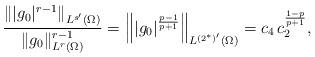
LaTeX: \begin{align*}\frac{\left\||g_0|^{r-1}\right\|_{L^{s'}(\Omega)}}{\|g_0\|^{r-1}_{L^r(\Omega)}}=\left\||g_0|^\frac{p-1}{p+1}\right\|_{L^{(2^*)'}(\Omega)}=c_4\, c_2^\frac{1-p}{p+1},\end{align*}